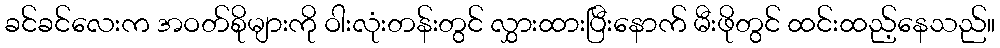
ခင်ခင်လေးက အဝတ်စိုများကို ဝါးလုံးတန်းတွင် လွှားထားပြီးနောက် မီးဖိုတွင် ထင်းထည့်နေသည်။